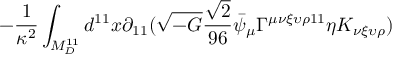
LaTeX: - \frac { 1 } { \kappa ^ { 2 } } \int _ { M _ { D } ^ { 1 1 } } d ^ { 1 1 } x \partial _ { 1 1 } ( \sqrt { - G } \frac { \sqrt { 2 } } { 9 6 } \bar { \psi } _ { \mu } \Gamma ^ { \mu \nu \xi \upsilon \rho 1 1 } \eta K _ { \nu \xi \upsilon \rho } )